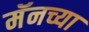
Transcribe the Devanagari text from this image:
मॅनच्या